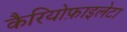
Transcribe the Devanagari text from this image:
कैरियोफ़ाइलेटा